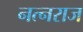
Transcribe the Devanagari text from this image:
नत्नराज